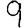
Digit: 9